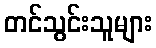
တင်သွင်းသူများ